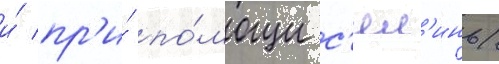
и́ пр'и́ по́мощи с'ял'инь